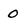
Character: 0